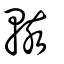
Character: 輆